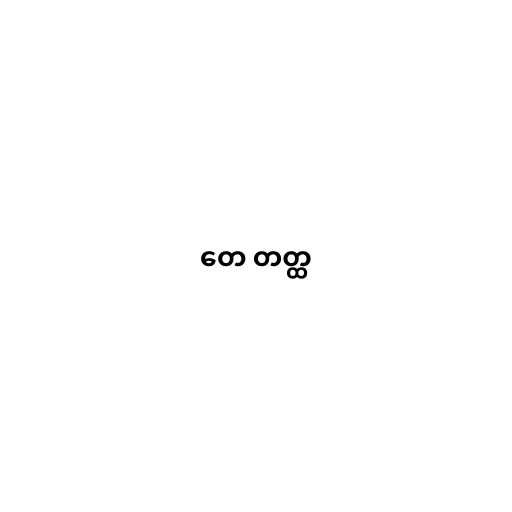
တေ တတ္ထ